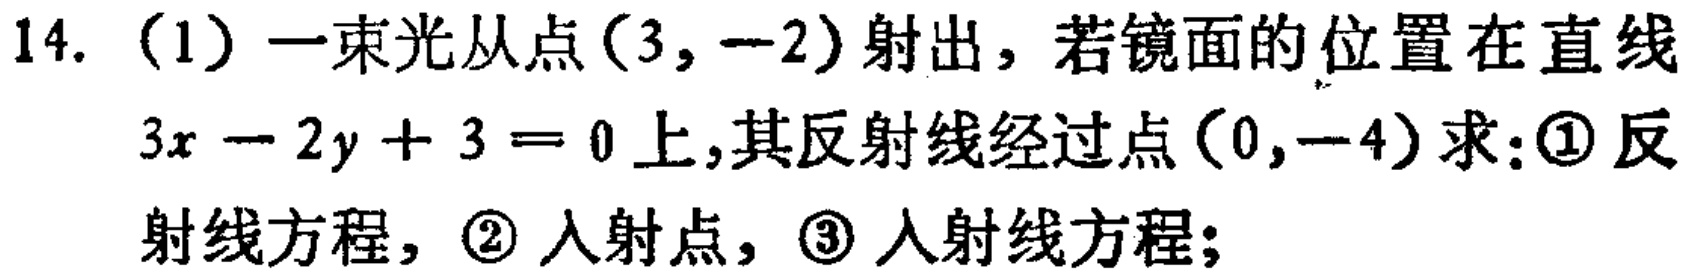
14.（1）一束光从点$(3, -2)$射出，若镜面的位置在直线$3x - 2y + 3 = 0$上，其反射线经过点$(0, -4)$求：\textcircled{1}反射线方程，\textcircled{2}入射点，\textcircled{3}入射线方程；